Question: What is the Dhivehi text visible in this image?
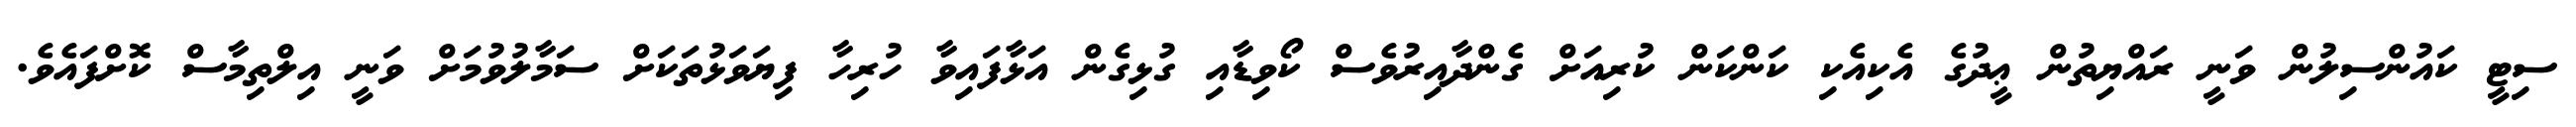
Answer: ސިޓީ ކައުންސިލުން ވަނީ ރައްޔިތުން ޢީދުގެ އެކިއެކި ކަންކަން ކުރިއަށް ގެންދާއިރުވެސް ކޯވިޑާއި ގުޅިގެން އަޅާފައިވާ ހުރިހާ ފިޔަވަޅުތަކަށް ސަމާލުވުމަށް ވަނީ އިލްތިމާސް ކޮށްފައެވެ.